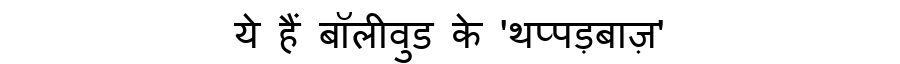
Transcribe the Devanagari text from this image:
ये हैं बॉलीवुड के 'थप्पड़बाज़'